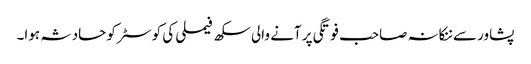
پشاور سے ننکانہ صاحب فوتگی پر آنے والی سکھ فیملی کی کوسٹر کو حادثہ ہوا۔